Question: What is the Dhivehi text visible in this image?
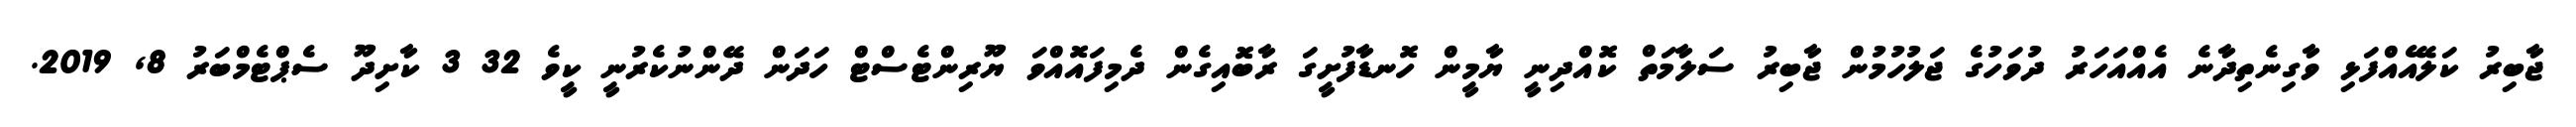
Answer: ޖާބިރު ކަލޭއެއްފަޅި ވާގިނެތިދާނެ އެއްއަހަރު ދުވަހުގެ ޖަލުހުމުން ޖާބިރު ސަލާމަތް ކޮއްދިނީ ޔާމީން ހޮނޑާފުށީގަ ރާބޮއިގެން ދެމިފައޮއްވަ ޔޫރިންޓެސްޓް ހަދަން ދޭންނުކެރުނީ ކީވެ 32 3 ކާށިދޫ ސެޕްޓެމްބަރު 8, 2019.